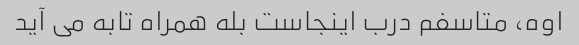
اوه، متاسفم درب اینجاست بله همراه تابه می آید